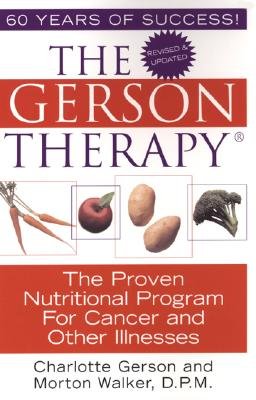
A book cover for The Gerson Therapy: The Proven Nutritional Program for Cancer and Other Illnesses; Charlotte Gerson; Health, Fitness & Dieting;